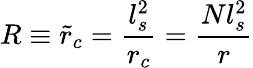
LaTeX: R\equiv\tilde{r}_{c}=\frac{l_{s}^{2}}{r_{c}}=\frac{Nl_{s}^{2}}{r}